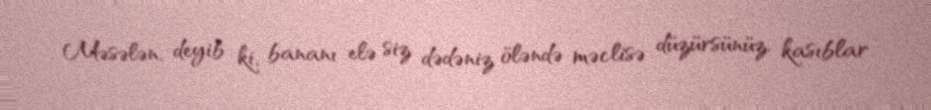
Məsələn, deyib ki, bananı elə siz dədəniz öləndə məclisə düzürsünüz, kasıblar